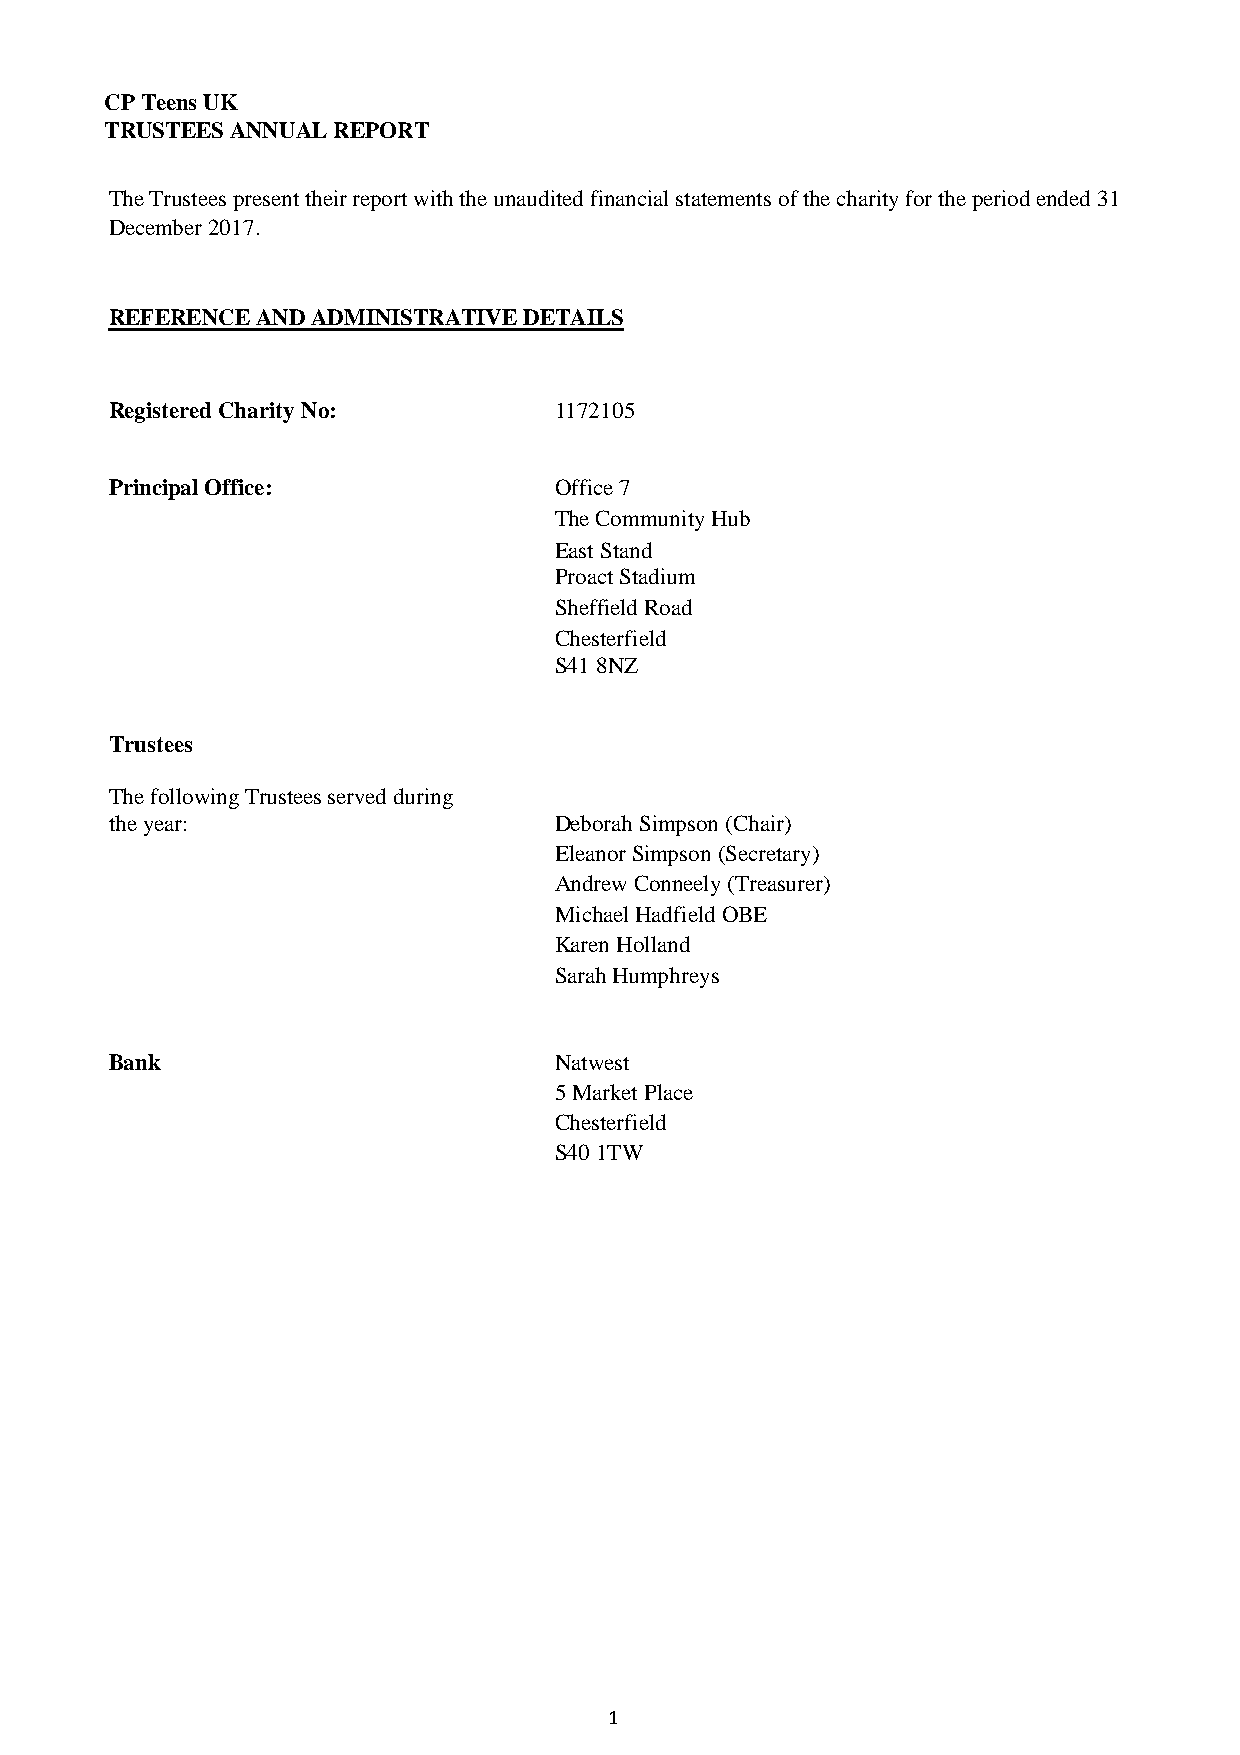
CP Teens UK
 TRUSTEES ANNUAL REPORT
 The Trustees present their report with the unaudited financial statements of the charity for the period ended 31
 December 2017.
 REFERENCE AND ADMINISTRATIVE DETAILS
 Registered Charity No:        1172105
 Principal Office:             Office 7
 The Community Hub
 East Stand
 Proact Stadium
 Sheffield Road
 Chesterfield
 S41 8NZ
 Trustees
 The following Trustees served during
 the year:                     Deborah Simpson (Chair)
 Eleanor Simpson (Secretary)
 Andrew Conneely (Treasurer)
 Michael Hadfield OBE
 Karen Holland
 Sarah Humphreys
 Bank                          Natwest
 5 Market Place
 Chesterfield
 S40 1TW
 1